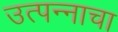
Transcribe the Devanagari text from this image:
उत्‍पन्‍नाचा